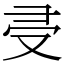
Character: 𠬶